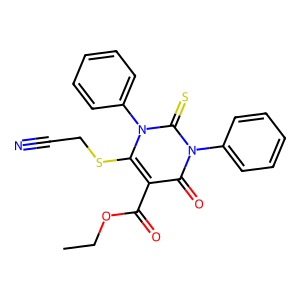
SMILES: CCOC(=O)c1c(SCC#N)n(-c2ccccc2)c(=S)n(-c2ccccc2)c1=O
Inhibits HIV replication: No